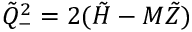
\tilde { Q } _ { - } ^ { 2 } = 2 ( \tilde { H } - M \tilde { Z } )